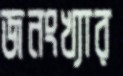
জনংখ্যার